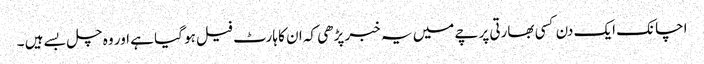
اچانک ایک دن کسی بھارتی پرچے میں یہ خبر پڑھی کہ ان کا ہارٹ فیل ہو گیا ہے اور وہ چل بسے ہیں ۔